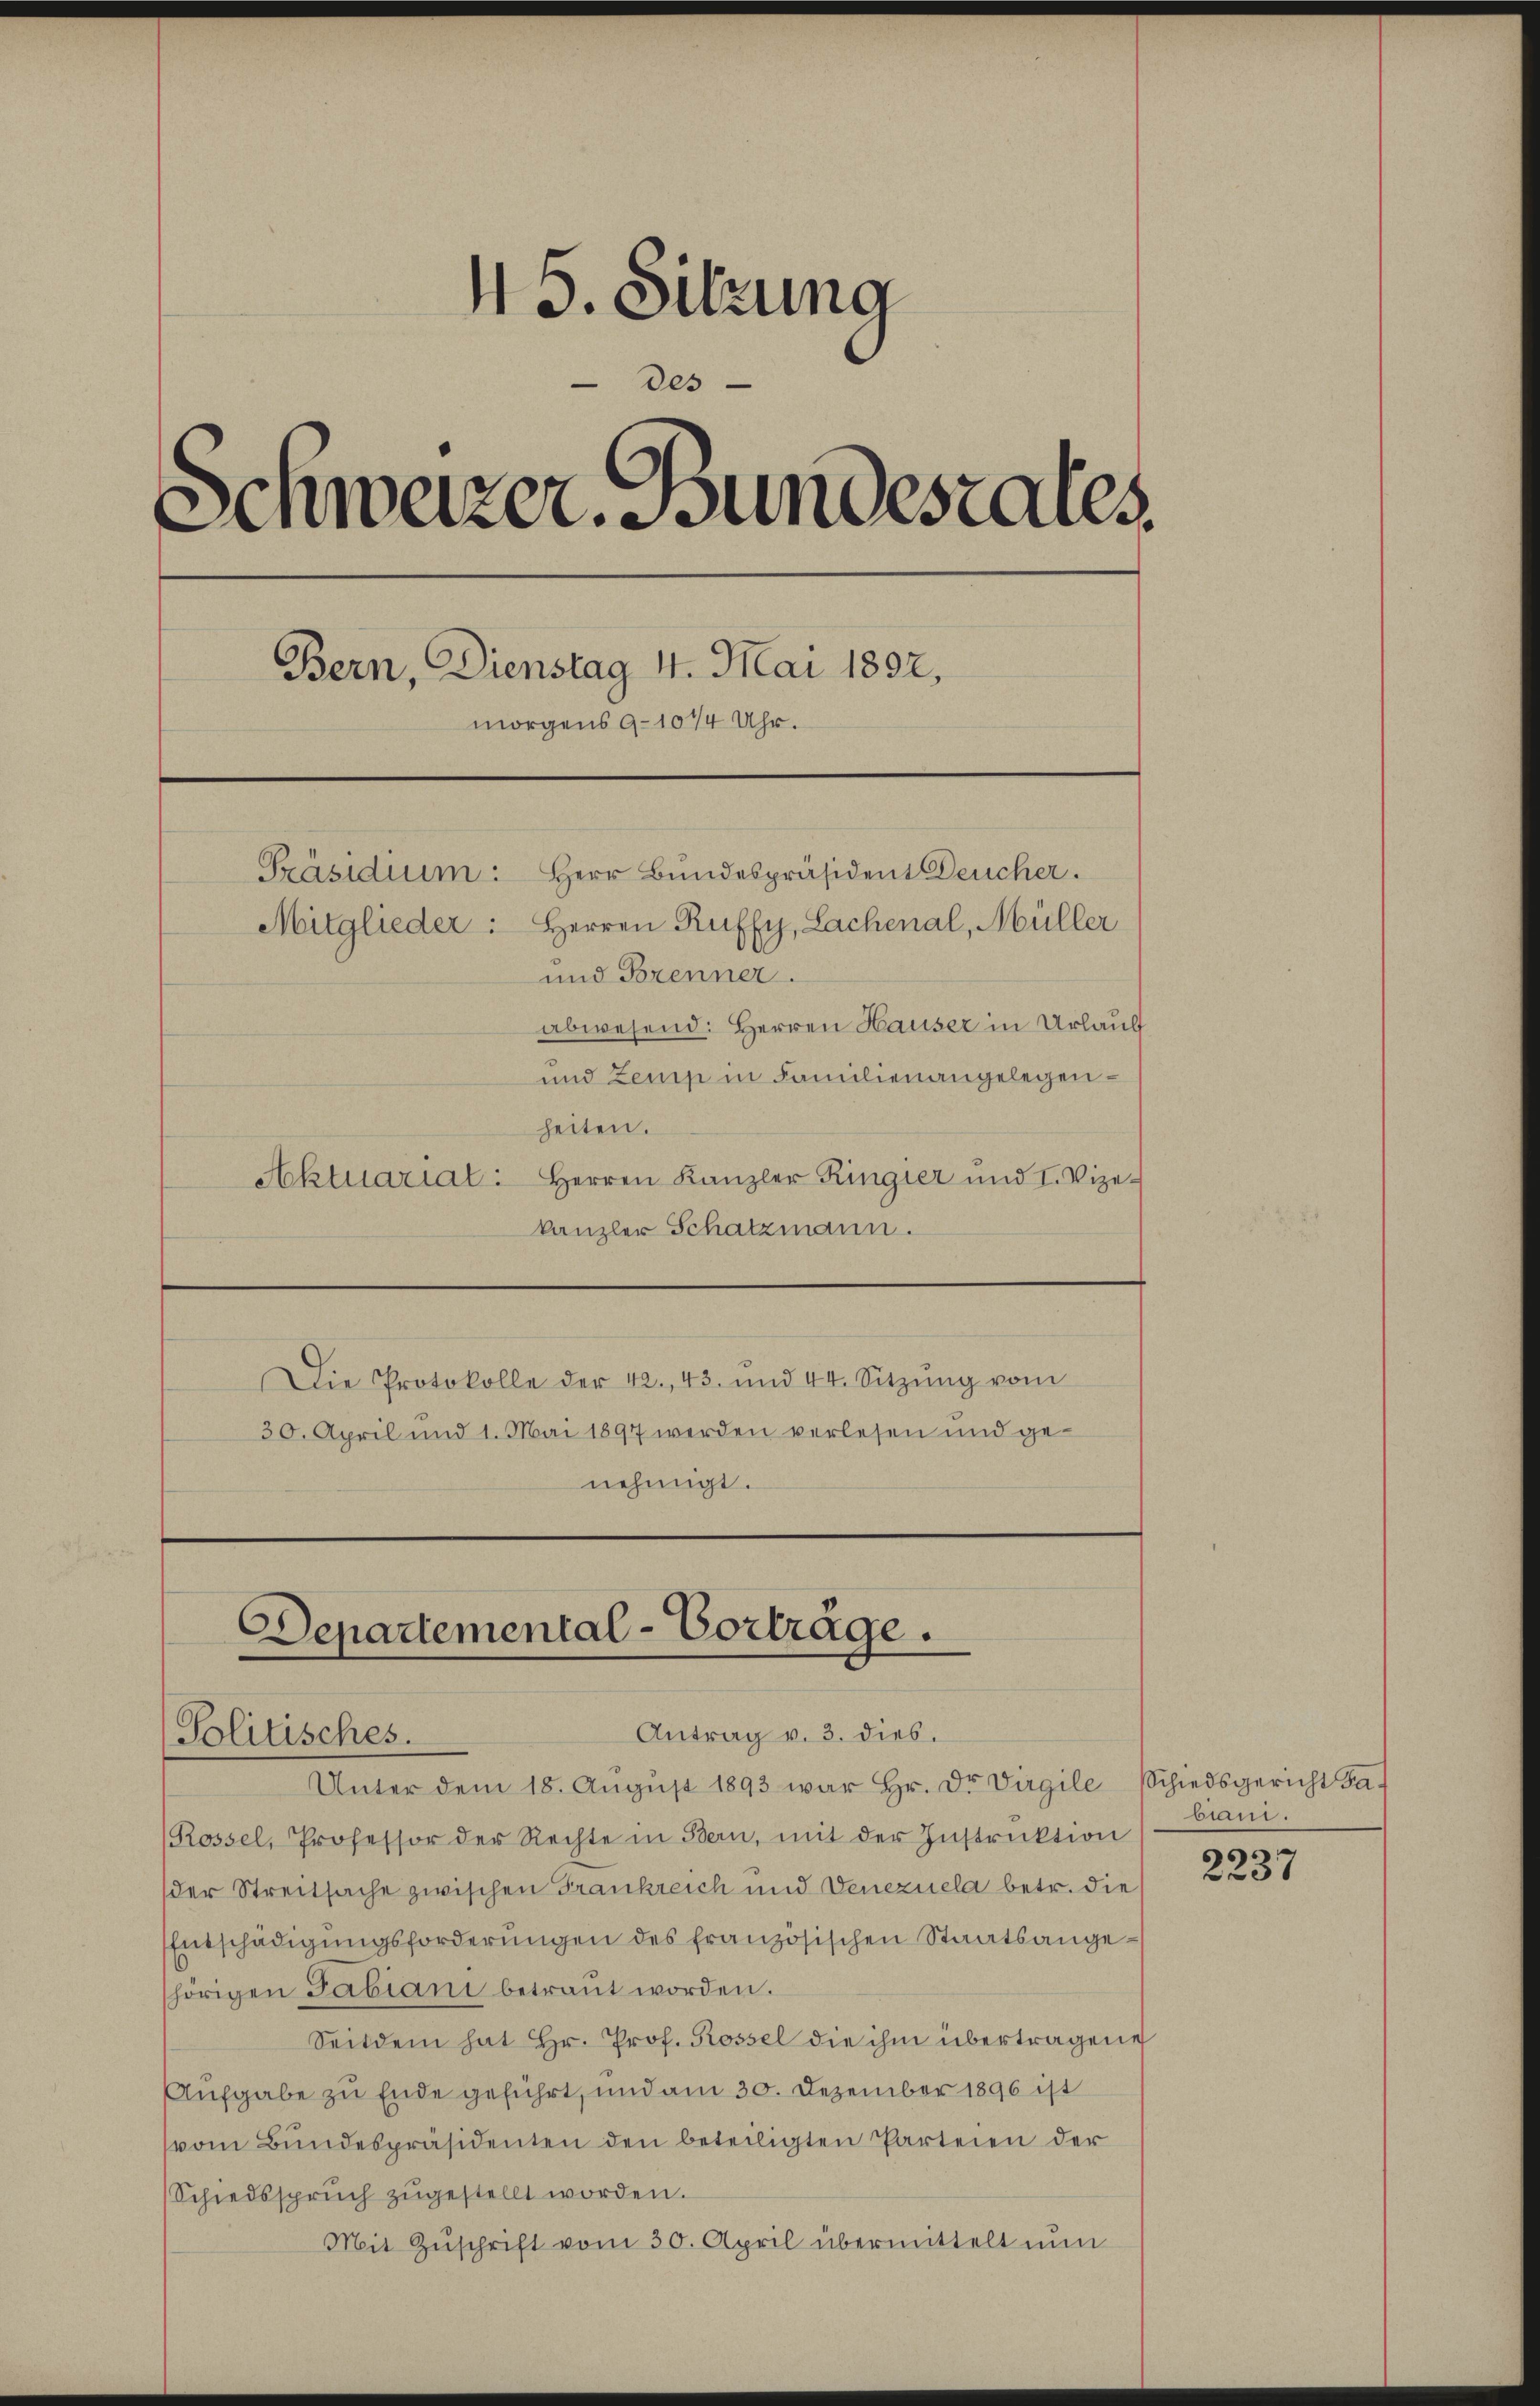
45. Sitzung
des
Schwarzer. Bundesrates.
Bern, Dienstag 4. Mai 1892.
morgens 9-10 1/4 Uhr.
Präsidium. Herr Bundespräsident Deucher.
Mitglieder: Herren Ruffy, Lachenal, Müller
und Brenner.
abwesend: Herren Hauser in Urlaubt
und Zemp in Familien angelegen¬

heiten.
Aktuariat: Herren Kanzler Ringier und I. Vize-
kanzler Schatzmann.
Die Protokolle der 42. 43. und 44. Sitzŭng vom
30. April und 1. Mai 1897 werden verlesen und genehmigt.

Departemental-Vorträge.
Antrag v. 3. dies.
Politisches.

Unter dem 18. Aŭgŭst 1893 war Hr. Dr. Virgile Schiedsgericht Jah
Rossel, Professor der Rechte in Bern, mit der Instruktion
der Streitsache zwischen Frankreich und Venezuela betr. die
Entschädigungsforderungen des französischen Staatsangehörigen Fabiani betraut worden.
Seitdem hat Hr. Prof. Rossel die ihm übertragene
Aufgabe zu Ende geführt, und am 30. Dezember 1896 ist
vom Bundespräsidenten den beteiligten Parteien der
Schiedssprŭch zŭgestellt worden.
Mit Zŭschrift vom 30. April übermittelt nun

biani.

2237